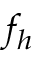
f _ { h }